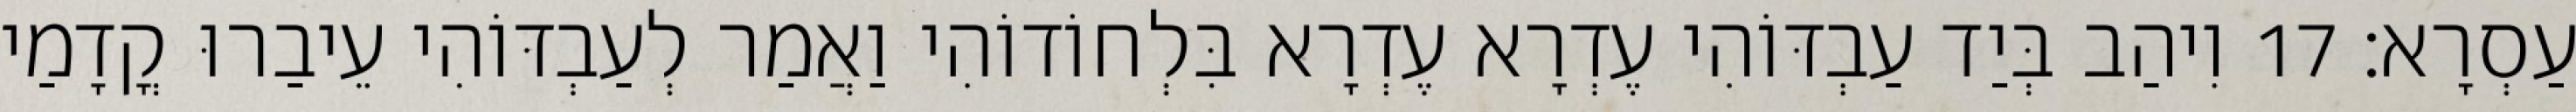
עַסְרָא׃ 17 וִיהַב בְּיַד עַבְדּוֹהִי עֶדְרָא עֶדְרָא בִּלְחוֹדוֹהִי וַאֲמַר לְעַבְדּוֹהִי עֵיבַרוּ קֳדָמַי